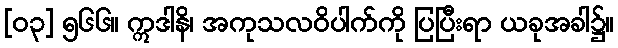
[၀၃] ၅၆၆။ ဣဒါနိ၊ အကုသလဝိပါက်ကို ပြပြီးရာ ယခုအခါ၌။